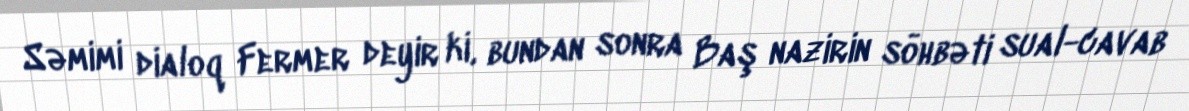
Səmimi dialoq Fermer deyir ki, bundan sonra Baş nazirin söhbəti sual-cavab